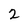
Character: 2